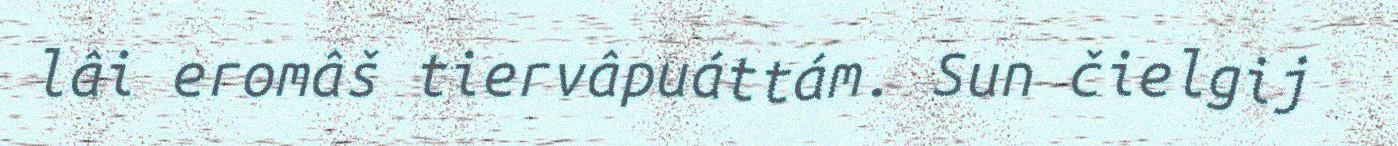
lâi eromâš tiervâpuáttám. Sun čielgij